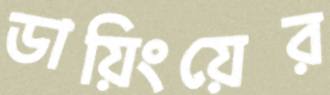
ডায়িংয়ের